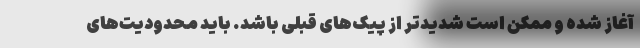
آغاز شده و ممکن است شدیدتر از پیک‌های قبلی باشد. باید محدودیت‌های